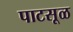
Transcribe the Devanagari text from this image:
पाटसूळ